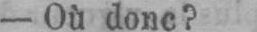
- Où donc?